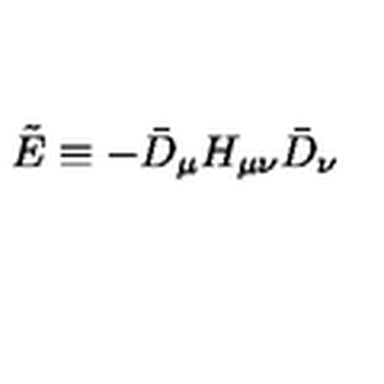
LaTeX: \tilde { E } \equiv - \bar { D } _ { \mu } H _ { \mu \nu } \bar { D } _ { \nu }